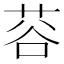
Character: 𫈅